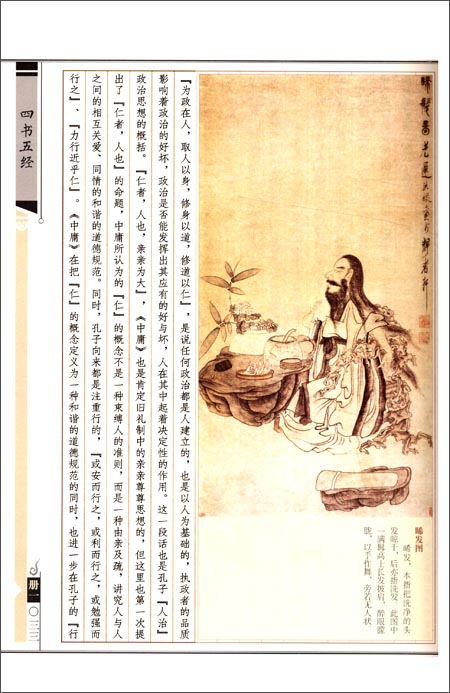
文武之政，布在方策。其人存，则其政举其人亡，则其政息。